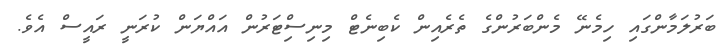
ބަރުލަމާންގައި ހިމެނޭ މެންބަރުންގެ ތެރެއިން ކެބިނެޓް މިނިސްިޓަރުން އައްޔަން ކުރަނީ ރައީސް އެވެ.